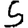
Digit: 5